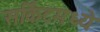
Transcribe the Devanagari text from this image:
सर्किटमध्ये